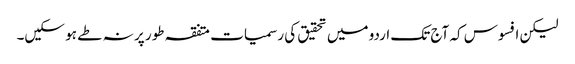
لیکن افسوس کہ آج تک اردو میں تحقیق کی رسمیات متفقہ طور پر نہ طے ہو سکیں۔